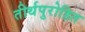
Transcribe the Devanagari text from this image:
तीर्थपुरोहित